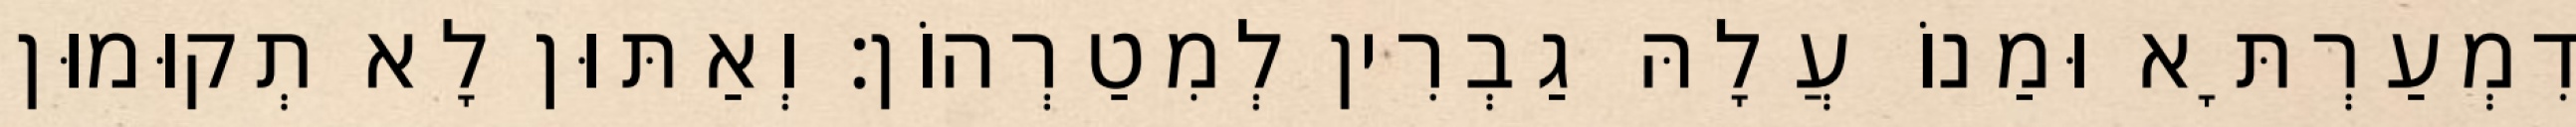
דִמְעַרְתָּא וּמַנוֹ עֲלָהּ גַבְרִין לְמִטַרְהוֹן׃ וְאַתּוּן לָא תְקוּמוּן